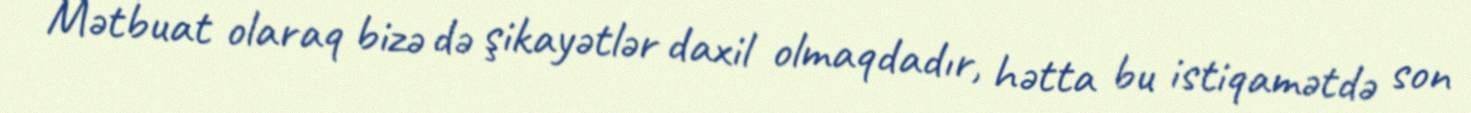
Mətbuat olaraq bizə də şikayətlər daxil olmaqdadır, hətta bu istiqamətdə son